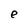
Character: e